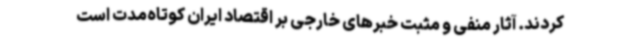
کردند. آثار منفی و مثبت خبرهای خارجی بر اقتصاد ایران کوتاه‌مدت است